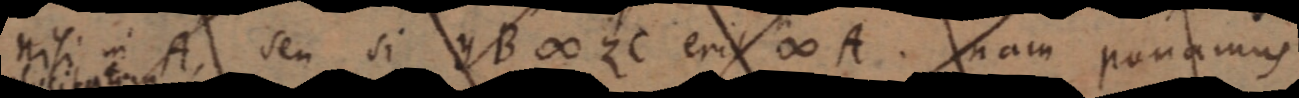
nisi in A, seu si y B ∞ ZC erit ∞ A. nam ponamus